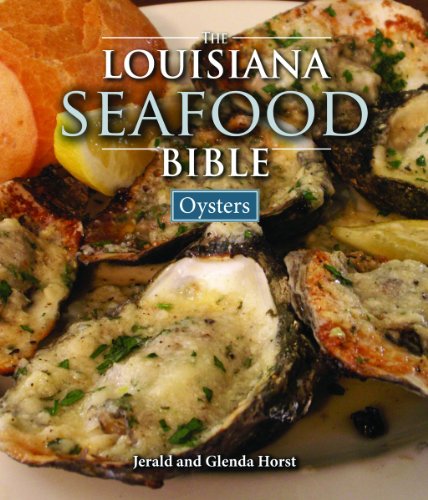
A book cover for Louisiana Seafood Bible, The: Oysters; Jerald Horst; Cookbooks, Food & Wine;